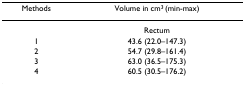
<table><thead><tr><td><b>Methods</b></td><td><b>Volume in cm<sup>3 </sup>(min-max)</b></td></tr></thead><tbody><tr><td></td><td>Rectum</td></tr><tr><td>1</td><td>43.6 (22.0–147.3)</td></tr><tr><td>2</td><td>54.7 (29.8–161.4)</td></tr><tr><td>3</td><td>63.0 (36.5–175.3)</td></tr><tr><td>4</td><td>60.5 (30.5–176.2)</td></tr></tbody></table>